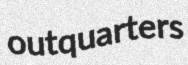
outquarters